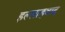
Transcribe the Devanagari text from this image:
इल्लाहबाद